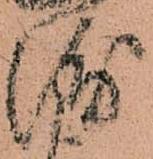
浦